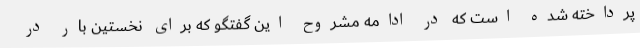
پرداخته شده است که در ادامه مشروح این گفتگو که برای نخستین بار در